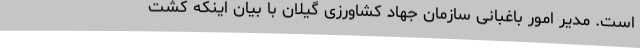
است. مدیر امور باغبانی سازمان جهاد کشاورزی گیلان با بیان اینکه کشت